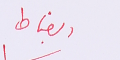
الضباط